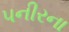
પનીરના